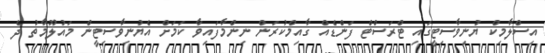
އިސްލާމިކް ޔުނިވާސިޓީގައި ޓްރަސްޓް ފަންޑެއް ގާއިމްކުރަން ނިންމާފައިވާ ކަމަށް އެޔުނިވާސިޓީން މައުލޫމާތު ދެ